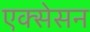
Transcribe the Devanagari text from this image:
एक्सेसन